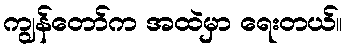
ကျွန်တော်က အထဲမှာ ရေးတယ်။